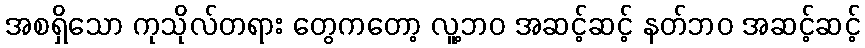
အစရှိသော ကုသိုလ်တရား တွေကတော့ လူ့ဘဝ အဆင့်ဆင့် နတ်ဘဝ အဆင့်ဆင့်